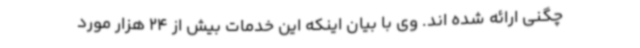
چگنی ارائه شده اند. وی با بیان اینکه این خدمات بیش از 24 هزار مورد